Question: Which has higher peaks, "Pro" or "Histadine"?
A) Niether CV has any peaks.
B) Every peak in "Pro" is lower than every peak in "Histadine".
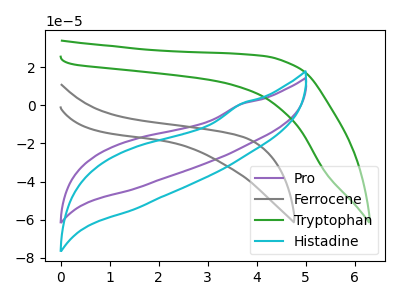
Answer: <think>The purple curve "Pro" has no peaks. The gray curve "Ferrocene" has no peaks. The green curve "Tryptophan" has no peaks. The cyan curve "Histadine" has no peaks.</think>
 <answer>A) Niether CV has any peaks.</answer>
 <eval>A</eval>